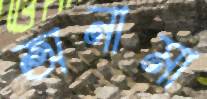
অনামা